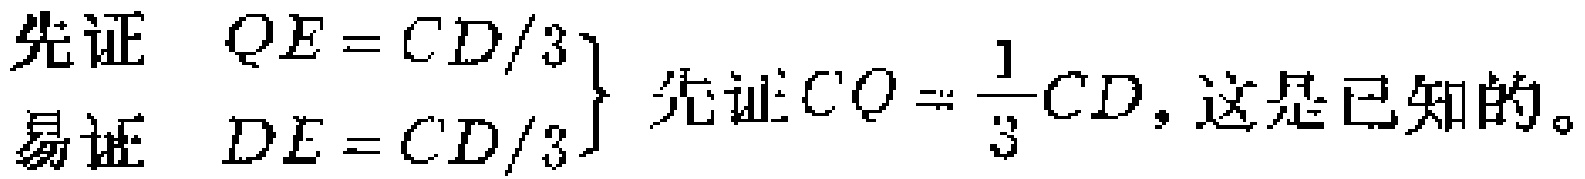
先证 $\left.\begin{array}{l}QE = CD/3\\DE = CD/3\end{array}\right\}$ 先证$CO = \dfrac{1}{3}CD,$ 这是已知的。